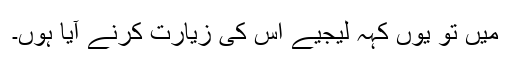
میں تو یوں کہہ لیجیے اس کی زیارت کرنے آیا ہوں۔